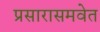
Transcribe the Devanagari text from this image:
प्रसारासमवेत